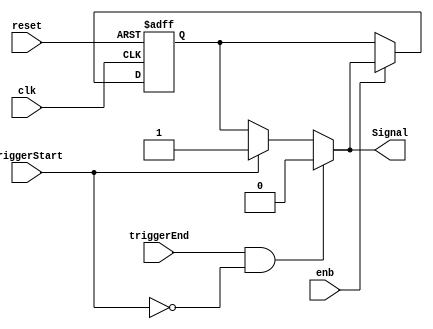
// -------------------------------------------------------------
// 
// 
// Generated by MATLAB 9.13 and HDL Coder 4.0
// 
// -------------------------------------------------------------


// -------------------------------------------------------------
// 
// Module: Hold_Signal_block
// Source Path: BlobAnalysisHDL/BlobDetector/CCA_Algorithm/cca/Merge/Hold Signal
// Hierarchy Level: 4
// 
// -------------------------------------------------------------

`timescale 1 ns / 1 ns

module Hold_Signal_block
          (clk,
           reset,
           enb,
           triggerStart,
           triggerEnd,
           Signal);


  input   clk;
  input   reset;
  input   enb;
  input   triggerStart;
  input   triggerEnd;
  output  Signal;


  wire Logical_Operator1_out1;
  wire Logical_Operator_out1;
  wire Constant6_out1;
  wire Constant5_out1;
  wire Switch3_out1;
  reg  Delay6_out1;
  wire Switch4_out1;


  assign Logical_Operator1_out1 =  ~ triggerStart;



  assign Logical_Operator_out1 = triggerEnd & Logical_Operator1_out1;



  assign Constant6_out1 = 1'b1;



  assign Constant5_out1 = 1'b0;



  always @(posedge clk or posedge reset)
    begin : Delay6_process
      if (reset == 1'b1) begin
        Delay6_out1 <= 1'b0;
      end
      else begin
        if (enb) begin
          Delay6_out1 <= Switch3_out1;
        end
      end
    end



  assign Switch4_out1 = (triggerStart == 1'b0 ? Delay6_out1 :
              Constant6_out1);



  assign Switch3_out1 = (Logical_Operator_out1 == 1'b0 ? Switch4_out1 :
              Constant5_out1);



  assign Signal = Switch3_out1;

endmodule  // Hold_Signal_block